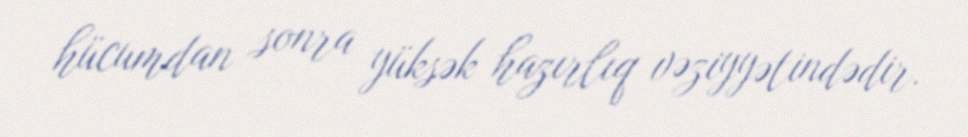
hücumdan sonra yüksək hazırlıq vəziyyətindədir.